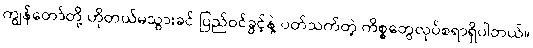
ကျွန်တော်တို့ ဟိုတယ်မသွားခင် ပြည်ဝင်ခွင့်နဲ့ ပတ်သက်တဲ့ ကိစ္စတွေလုပ်စရာရှိပါတယ်။